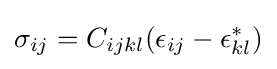
\sigma _{ij}=C_{ijkl}(\epsilon _{ij}-\epsilon _{kl}^{*})